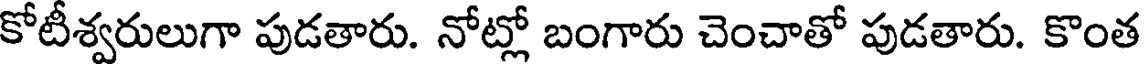
కోటీశ్వరులుగా పుడతారు. నోట్లో బంగారు చెంచాతో పుడతారు. కొంత